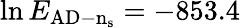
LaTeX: \ln E_{\mathrm{AD-n_{\mathrm{s}}}}=-853.4